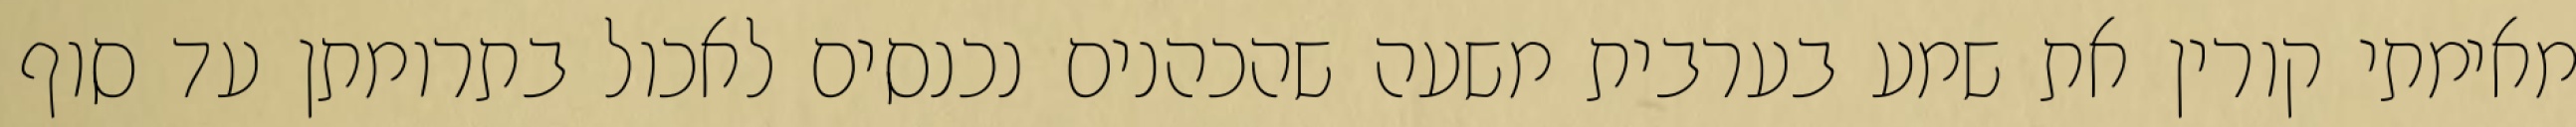
מאימתי קורין את שמע בערבית משעה שהכהנים נכנסים לאכול בתרומתן עד סוף